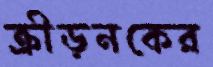
ক্রীড়নকের